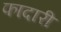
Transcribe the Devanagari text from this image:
फादारी